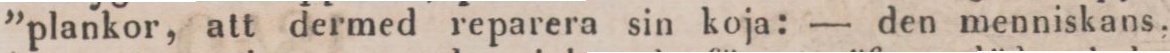
”plankor, att dermed reparera sin koja: — den menniskans.